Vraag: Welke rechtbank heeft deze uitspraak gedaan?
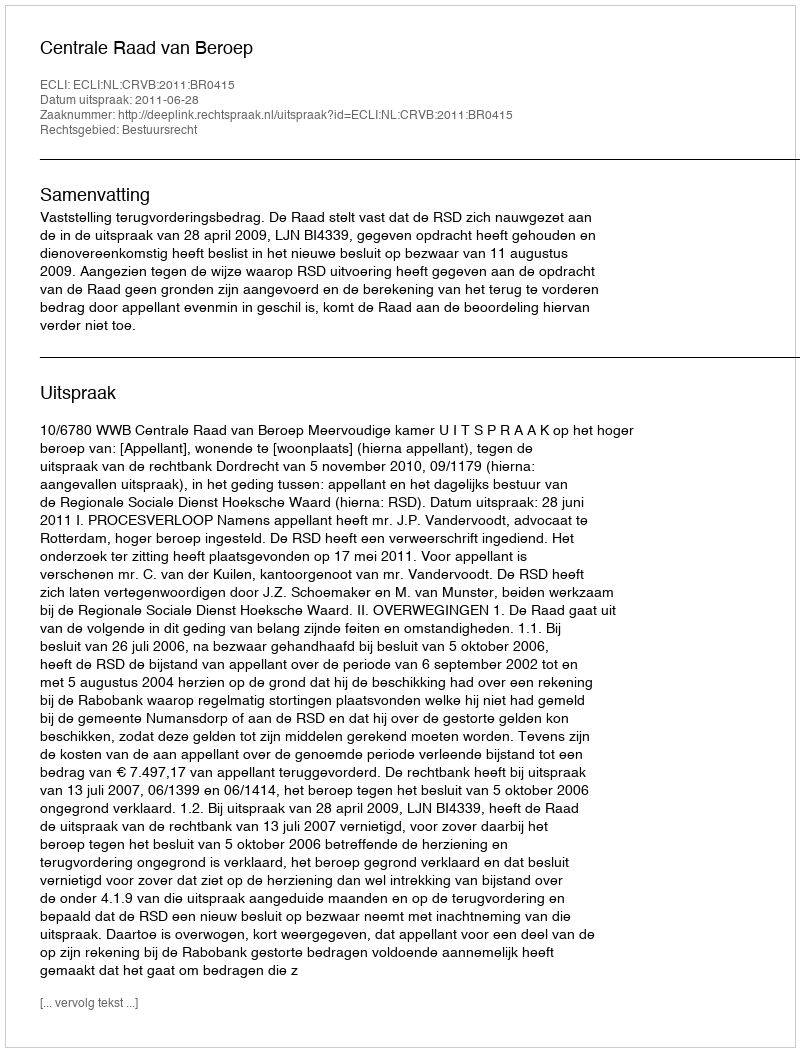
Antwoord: Centrale Raad van Beroep